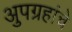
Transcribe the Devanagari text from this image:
अुपग्रहांचे